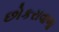
છોકરાવાળા